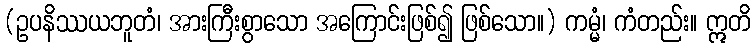
(ဥပနိဿယဘူတံ၊ အားကြီးစွာသော အကြောင်းဖြစ်၍ ဖြစ်သော။) ကမ္မံ၊ ကံတည်း။ ဣတိ